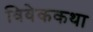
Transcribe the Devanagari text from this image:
विवेककथा